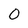
Character: 0